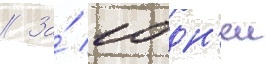
// За́ 10 дн'еи